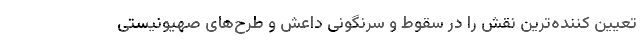
تعیین کننده‌ترین نقش را در سقوط و سرنگونی داعش و طرح‌های صهیونیستی